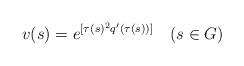
LaTeX: \begin{align*}v(s)=e^{[\tau(s)^2 q'(\tau(s))]} \ \ \ (s\in G)\end{align*}